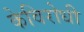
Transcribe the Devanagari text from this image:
केविरोधी